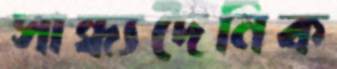
সান্ধ্যদৈনিক